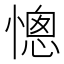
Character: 憁